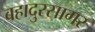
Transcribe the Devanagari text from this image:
बहादुरसागर